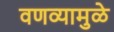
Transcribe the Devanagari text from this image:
वणव्यामुळे